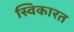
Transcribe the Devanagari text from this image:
स्विकारत